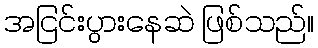
အငြင်းပွားနေဆဲ ဖြစ်သည်။